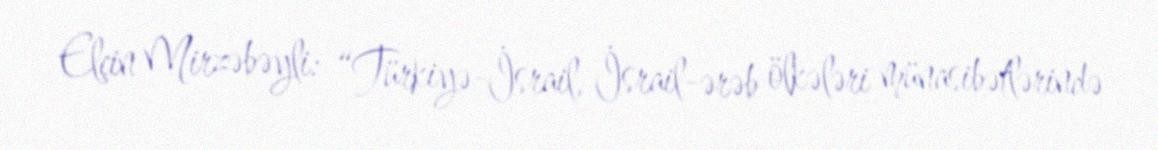
Elçin Mirzəbəyli: “Türkiyə-İsrail, İsrail-ərəb ölkələri münasibətlərində